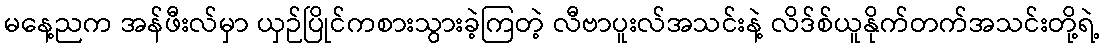
မနေ့ညက အန်ဖီးလ်မှာ ယှဉ်ပြိုင်ကစားသွားခဲ့ကြတဲ့ လီဗာပူးလ်အသင်းနဲ့ လိဒ်စ်ယူနိုက်တက်အသင်းတို့ရဲ့